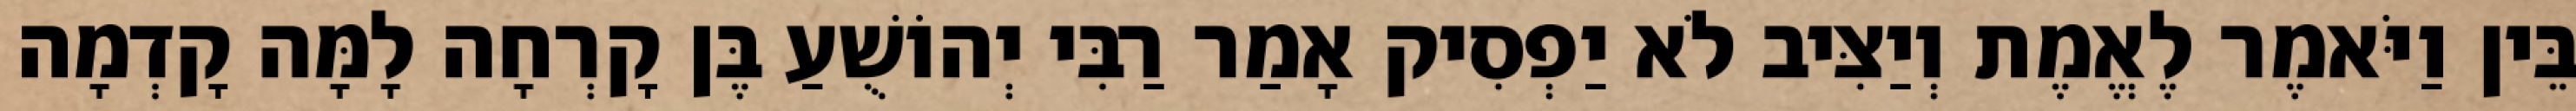
בֵּין וַיֹּאמֶר לֶאֱמֶת וְיַצִּיב לֹא יַפְסִיק אָמַר רַבִּי יְהוֹשֻׁעַ בֶּן קָרְחָה לָמָּה קָדְמָה